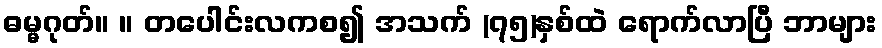
ဓမ္မဂုတ်။ ။ တပေါင်းလကစ၍ အသက် (၇၅)နှစ်ထဲ ရောက်လာပြီ ဘာများ